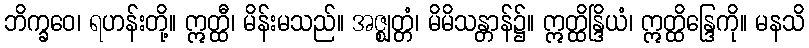
ဘိက္ခဝေ၊ ရဟန်းတို့။ ဣတ္ထီ၊ မိန်းမသည်။ အဇ္ဈတ္တံ၊ မိမိသန္တာန်၌။ ဣတ္ထိန္ဒြိယံ၊ ဣတ္ထိန္ဒြေကို။ မနသိ